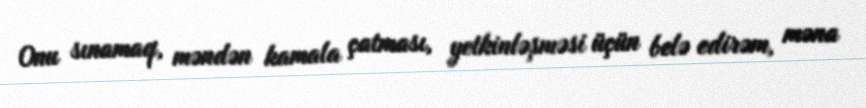
Onu sınamaq, məndən kamala çatması, yetkinləşməsi üçün belə edirəm, məna